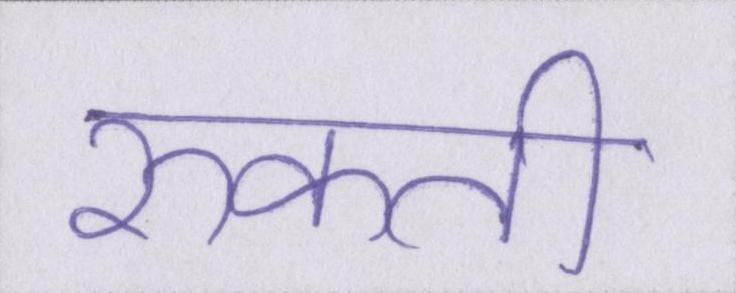
रुकती